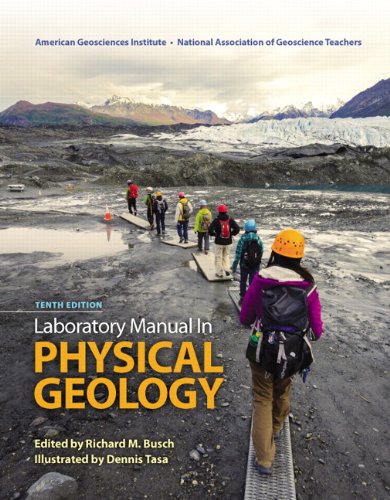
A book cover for Laboratory Manual in Physical Geology (10th Edition); AGI AGI- American Geological Institute; Science & Math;